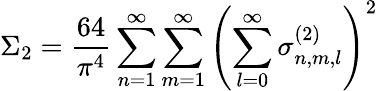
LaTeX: \Sigma_{2}=\frac{64}{\pi^{4}}\sum_{n=1}^{\infty}\sum_{m=1}^{\infty}\left(\sum_{l=0}^{\infty}\sigma_{n,m,l}^{(2)}\right)^{2}